Report of the Indian Hemp Drugs Commission, 1894-1895 - Volume IV
Year: 1894
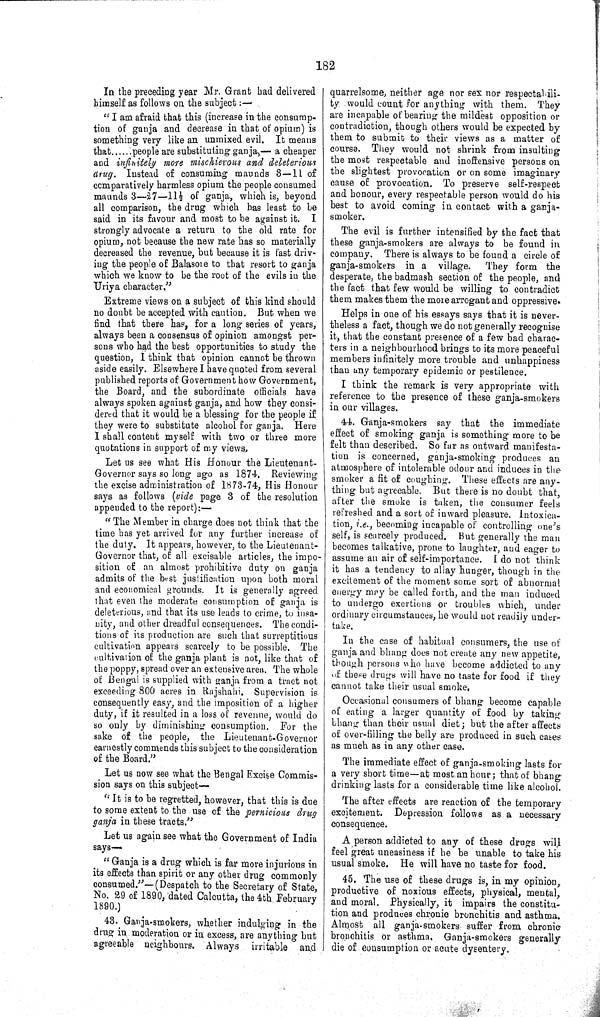
182
In the preceding year Mr. Grant had delivered
himself as follows on the subject:—
"I am afraid that this (increase in the consump¬
tion of ganja and decrease in that of opium) is
something very like an unmixed evil. It means
that
people are substituting ganja,— a cheaper
and infinitely more mischievous and deleterious
drug. Instead of consuming maunds 3—11 of
comparatively harmless opium the people consumed
maunds 3—27—11½ of ganja, which is, beyond
all comparison, the drug which has least to be
said in its favour and most to be against it. I
strongly advocate a return to the old rate for
opium, not because the new rate has so materially
decreased the revenue, but because it is fast driv¬
ing the people of Balasore to that resort to ganja
which we know to be the root of the evils in the
Uriya character."
Extreme views on a subject of this kind should
no doubt be accepted with caution. But when we
find that there has, for a long series of years,
always been a consensus of opinion amongst per¬
sons who had the best opportunities to study the
question, I think that opinion cannot be thrown
aside easily. Elsewhere I have quoted from several
published reports of Government how Government,
the Board, and the subordinate officials have
always spoken against ganja, and how they consi¬
dered that it would be a blessing for the people if
they were to substitute alcohol for ganja. Here
I shall content myself with two or three more
quotations in support of my views,
Let us see what His Honour the Lieutenant-
Governor says so long ago as 1874. Reviewing
the excise administration of 1873-74, His Honour
says as follows (vide page 3 of the resolution
appended to the report):—
"The Member in charge does not think that the
time has yet arrived for any further increase of
the duty. It appears, however, to the Lieutenant-
Governor that, of all excisable articles, the impo
sition of an almost prohibitive duty on ganja
admits of the best justification upon both moral
and economical grounds. It is generally agreed
that even the moderate consumption of ganja is
deleterious, and that its use leads to crime, to insa¬
nity, and other dreadful consequences. The condi¬
tions of its production are such that surreptitious
cultivation appears scarcely to be possible. The
cultivation of the ganja plant is not, like that of
the poppy, spread over an extensive area. The whole
of Bengal is supplied with ganja from a tract not
exceeding 800 acres in Rajshahi. Supervision is
consequently easy, and the imposition of a higher
duty, if it resulted in a loss of revenue, would do
so only by diminishing consumption. For the
sake of the people, the Lieutenant-Governor
earnestly commends this subject to the consideration
of the Board."
Let us now see what the Bengal Excise Commis¬
sion says on this subject—
"It is to be regretted, however, that this is due
to some extent to the use of the pernicious drug
ganja in these tracts."
Let us again see what the Government of India
says—
"Ganja is a drug which is far more injurious in
its effects than spirit or any other drug commonly
consumed."—(Despatch to the Secretary of State,
No. 29 of 1890, dated Calcutta, the 4th February
1890.)
43. Ganja-smokers, whether indulging in the
drug in moderation or in excess, are anything but
agreeable neighbours. Always irritable and
quarrelsome, neither age nor sex nor respectabili-
ty would count for anything with them. They
are incapable of bearing the mildest opposition or
contradiction, though others would be expected by
them to submit to their views as a matter of
course. They would not shrink from insulting
the most respectable and inoffensive persons on
the slightest provocation or on some imaginary
cause of provocation. To preserve self-respect
and honour, every respectable person would do his
best to avoid coming in contact with a ganja-
smoker.
The evil is further intensified by the fact that
these ganja-smokers are always to be found in
company. There is always to be found a circle of
ganja-smokers in a village. They form the
desperate, the badmash section of the people, and
the fact that few would be willing to contradict
them makes them the more arrogant and oppressive.
Helps in one of his essays says that it is never¬
theless a fact, though we do not generally recognise
it, that the constant presence of a few bad charac¬
ters in a neighbourhood brings to its more peaceful
members infinitely more trouble and unhappiness
than any temporary epidemic or pestilence.
I think the remark is very appropriate with
reference to the presence of these ganja-smokers
in our villages.
44. Ganja-smokers say that the immediate
effect of smoking ganja is something more to be
felt than described. So far as outward manifesta¬
tion is concerned, ganja-smoking produces an
atmosphere of intolerable odour and induces in the
smoker a fit of coughing. These effects are any¬
thing but agreeable. But there is no doubt that,
after the smoke is taken, the consumer feels
refreshed and a sort of inward pleasure. Intoxica¬
tion, i.e., becoming incapable of controlling one's
self, is scarcely produced. But generally the man
becomes talkative, prone to laughter, and eager to
assume an air of self-importance. I do not think
it has a tendency to allay hunger, though in the
excitement of the moment some sort of abnormal
energy may be called forth, and the man induced
to undergo exertions or troubles which, under
ordinary circumstances, he would not readily under¬
take.
In the case of habitual consumers, the use of
ganja and bhang does not create any new appetite,
though persons who have become addicted to any
of these drugs will have no taste for food if they
cannot take their usual smoke.
Occasional consumers of bhang become capable
of eating a larger quantity of food by taking
bhang than their usual diet; but the after affects
of over-filling the belly are produced in such cases
as much as in any other case.
The immediate effect of ganja-smoking lasts for
a very short time—at most an hour; that of bhang
drinking lasts for a considerable time like alcohol.
The after effects are reaction of the temporary
excitement. Depression follows as a necessary
consequence.
A person addicted to any of these drugs will
feel great uneasiness if he be unable to take his
usual smoke. He will have no taste for food.
45. The use of these drugs is, in my opinion,
productive of noxious effects, physical, mental,
and moral. Physically, it impairs the constitu¬
tion and produces chronic bronchitis and asthma.
Almost all ganja-smokers suffer from chronic
bronchitis or asthma. Ganja-smokers generally
die of consumption or acute dysentery.